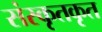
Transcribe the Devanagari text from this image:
संस्कृतकृत